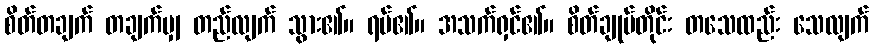
စိတ်တချက် တချက်မျှ တည်လျက် သွား၏။ ရပ်၏။ အသက်ရှင်၏။ စိတ်ချုပ်တိုင်း တသေထည်း သေလျက်